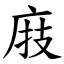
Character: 庪